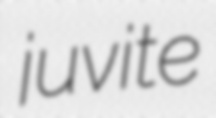
juvite